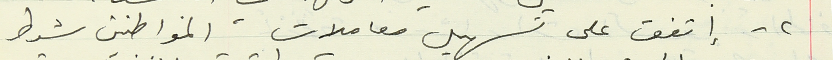
٢ - إتفق على تسهيل معاملات المواطنين شرط